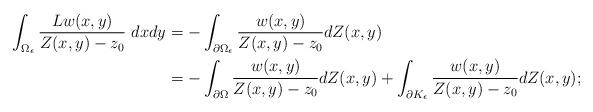
LaTeX: \begin{align*}\int_{\Omega_{\epsilon}}\frac{Lw(x,y)}{Z(x,y)-z_{0}} \ dxdy& =-\int_{\partial \Omega_{\epsilon}}\frac{w(x,y)}{Z(x,y)-z_{0}}dZ(x,y)\\&=-\int_{\partial \Omega}\frac{w(x,y)}{Z(x,y)-z_{0}}dZ(x,y) + \int_{\partial K_{\epsilon}}\frac{w(x,y)}{Z(x,y)-z_{0}}dZ(x,y);\end{align*}